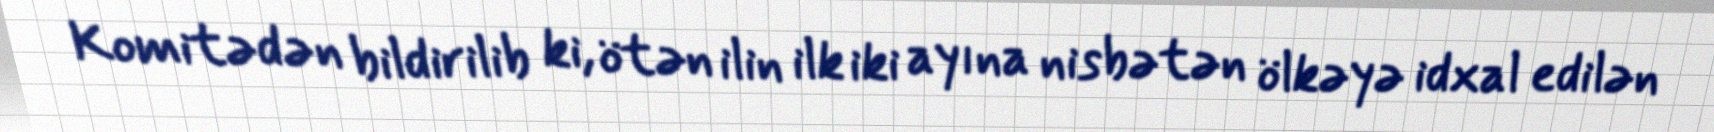
Komitədən bildirilib ki, ötən ilin ilk iki ayına nisbətən ölkəyə idxal edilən